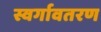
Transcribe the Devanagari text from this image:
स्वर्गावतरण